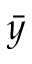
\bar { y }